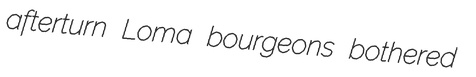
afterturn Loma bourgeons bothered